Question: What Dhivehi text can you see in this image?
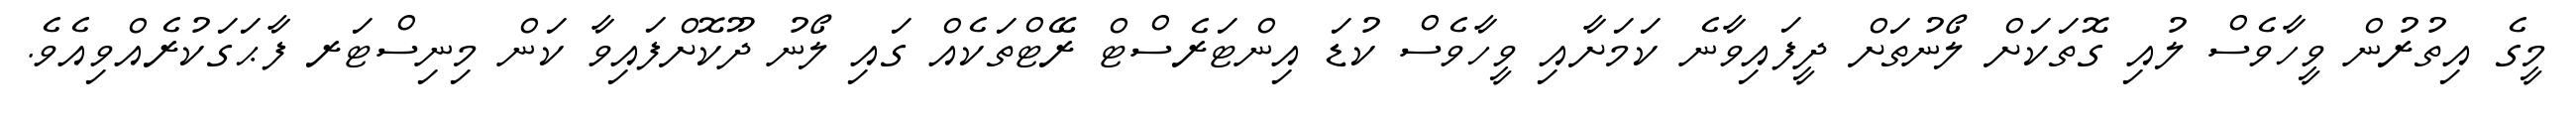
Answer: މީގެ އިތުރުން ވީހާވެސް ލުއި ގޮތަކަށް ލޯނުތަށް ދީފައިވާނެ ކަމަށާއި ވީހާވެސް ކުޑަ އިންޓަރެސްޓް ރޭޓްތަކެއް ގައި ލޯނު ދޫކޮށްފައިވާ ކަން މިނިސްޓަރ ފާޙަގަކުރެއްވިއެވެ.